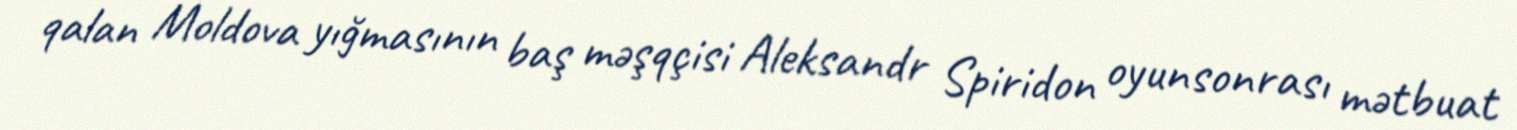
qalan Moldova yığmasının baş məşqçisi Aleksandr Spiridon oyunsonrası mətbuat